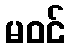
မဝင်